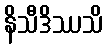
နိသီဒိဿသိ